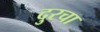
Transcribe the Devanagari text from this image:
दुरचा